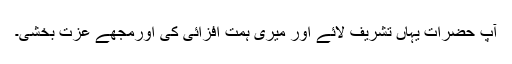
آپ حضرات یہاں تشریف لائے اور میری ہمت افزائی کی اورمجھے عزت بخشی۔